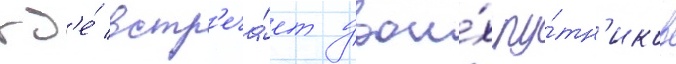
гд'е́ встр'еча́ет двои́х пу́тн'иков